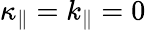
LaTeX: \kappa_{\| }=k_{\| }=0